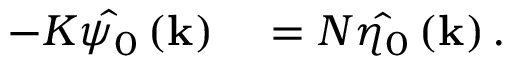
\begin{array} { r l } { - K \hat { \psi _ { 0 } } \left( \mathbf { k } \right) } & { { } = N \hat { \eta _ { 0 } } \left( \mathbf { k } \right) . } \end{array}